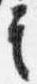
言